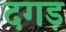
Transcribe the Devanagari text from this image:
दगड़